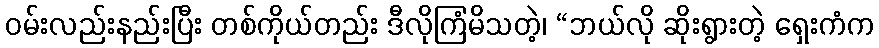
ဝမ်းလည်းနည်းပြီး တစ်ကိုယ်တည်း ဒီလိုကြံမိသတဲ့၊ “ဘယ်လို ဆိုးရွားတဲ့ ရှေးကံက